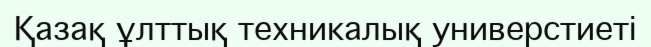
Қазақ ұлттық техникалық универстиеті